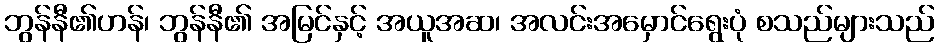
ဘွန်နီ၏ဟန်၊ ဘွန်နီ၏ အမြင်နှင့် အယူအဆ၊ အလင်းအမှောင်ရွေးပုံ စသည်များသည်